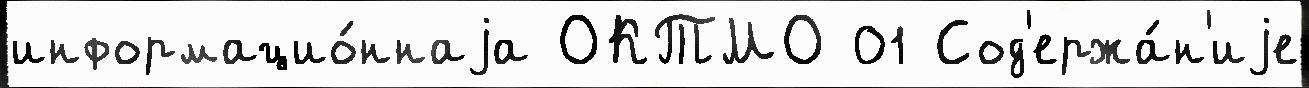
информацио́ннаjа ОКТМО 01 Сод'ержа́н'иjе